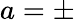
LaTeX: a=\pm